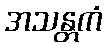
အသန္တကံ